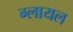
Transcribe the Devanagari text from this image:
ग्लायल